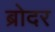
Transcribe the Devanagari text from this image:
ब्रोदर